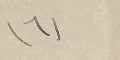
(٦)